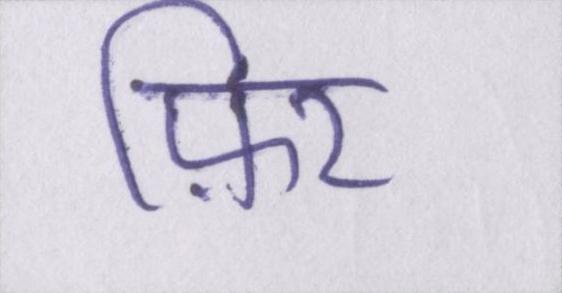
फ़िर